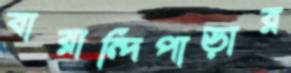
বারান্দিপাড়ার